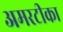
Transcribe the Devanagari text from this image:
अमरटीका